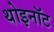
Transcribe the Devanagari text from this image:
थोइनॉट